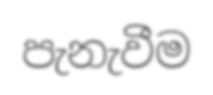
පැනැවීම